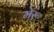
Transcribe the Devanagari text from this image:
मेरूं